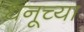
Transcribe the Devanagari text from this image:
धनूच्या